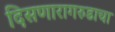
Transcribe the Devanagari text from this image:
दिसणारागरुडाचा